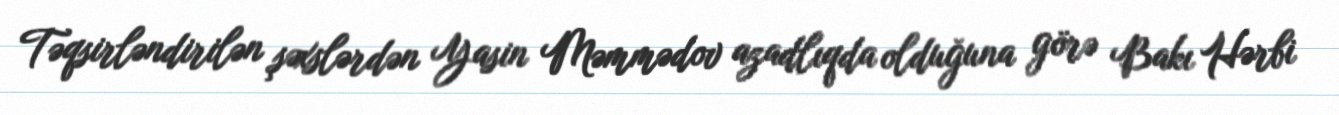
Təqsirləndirilən şəxslərdən Yasin Məmmədov azadlıqda olduğuna görə Bakı Hərbi